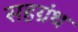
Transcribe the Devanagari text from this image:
सहग्रंथ